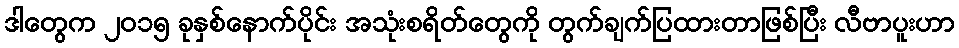
ဒါတွေက ၂၀၁၅ ခုနှစ်နောက်ပိုင်း အသုံးစရိတ်တွေကို တွက်ချက်ပြထားတာဖြစ်ပြီး လီဗာပူးဟာ